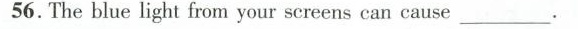
56.The blue light from your screens can causeB. headaches___